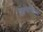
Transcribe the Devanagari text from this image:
लांबविला